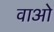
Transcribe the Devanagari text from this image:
वाओ